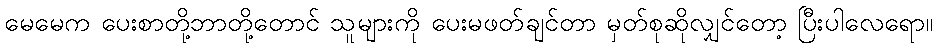
မေမေက ပေးစာတို့ဘာတို့တောင် သူများကို ပေးမဖတ်ချင်တာ မှတ်စုဆိုလျှင်တော့ ပြီးပါလေရော။